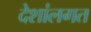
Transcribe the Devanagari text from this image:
देशांलगत